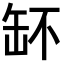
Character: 𦈧